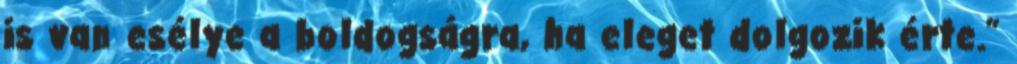
is van esélye a boldogságra, ha eleget dolgozik érte.”